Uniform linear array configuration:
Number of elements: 16
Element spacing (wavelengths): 0.75
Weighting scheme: blackman
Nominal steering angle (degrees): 30
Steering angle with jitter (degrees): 28.431
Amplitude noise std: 0.05
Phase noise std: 0.05

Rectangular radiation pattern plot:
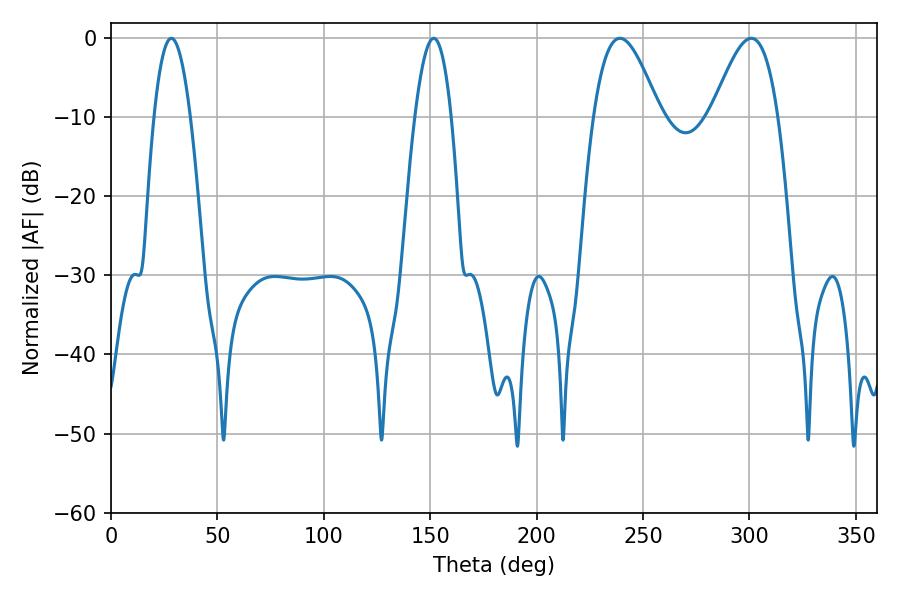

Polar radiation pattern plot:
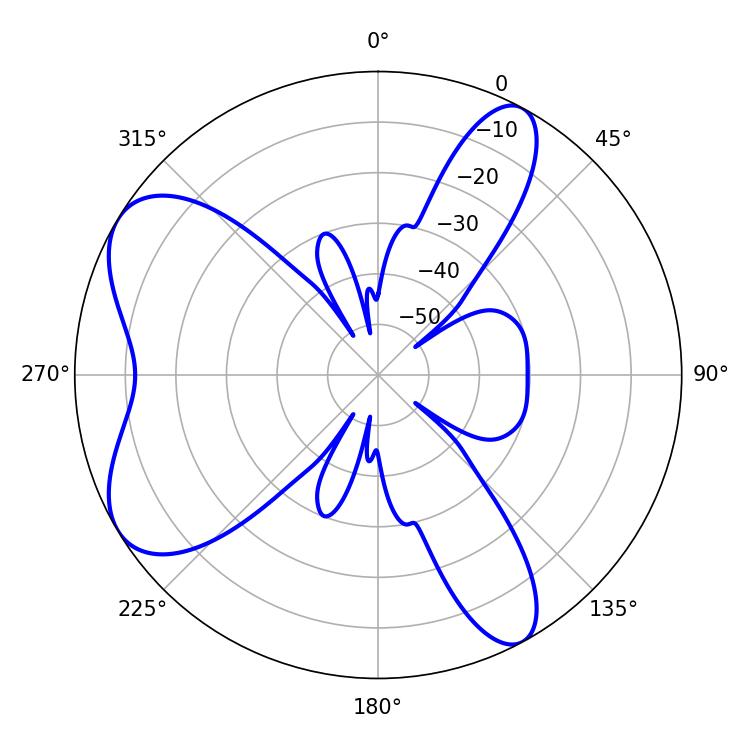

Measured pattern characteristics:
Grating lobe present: TRUE
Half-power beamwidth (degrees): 16.74
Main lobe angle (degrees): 239.22